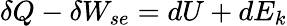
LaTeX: \delta Q-\delta W_{se}=dU+dE_{k}